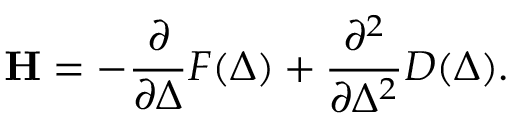
\mathbf { H } = - \frac { \partial } { \partial \Delta } F ( \Delta ) + \frac { \partial ^ { 2 } } { \partial \Delta ^ { 2 } } D ( \Delta ) .